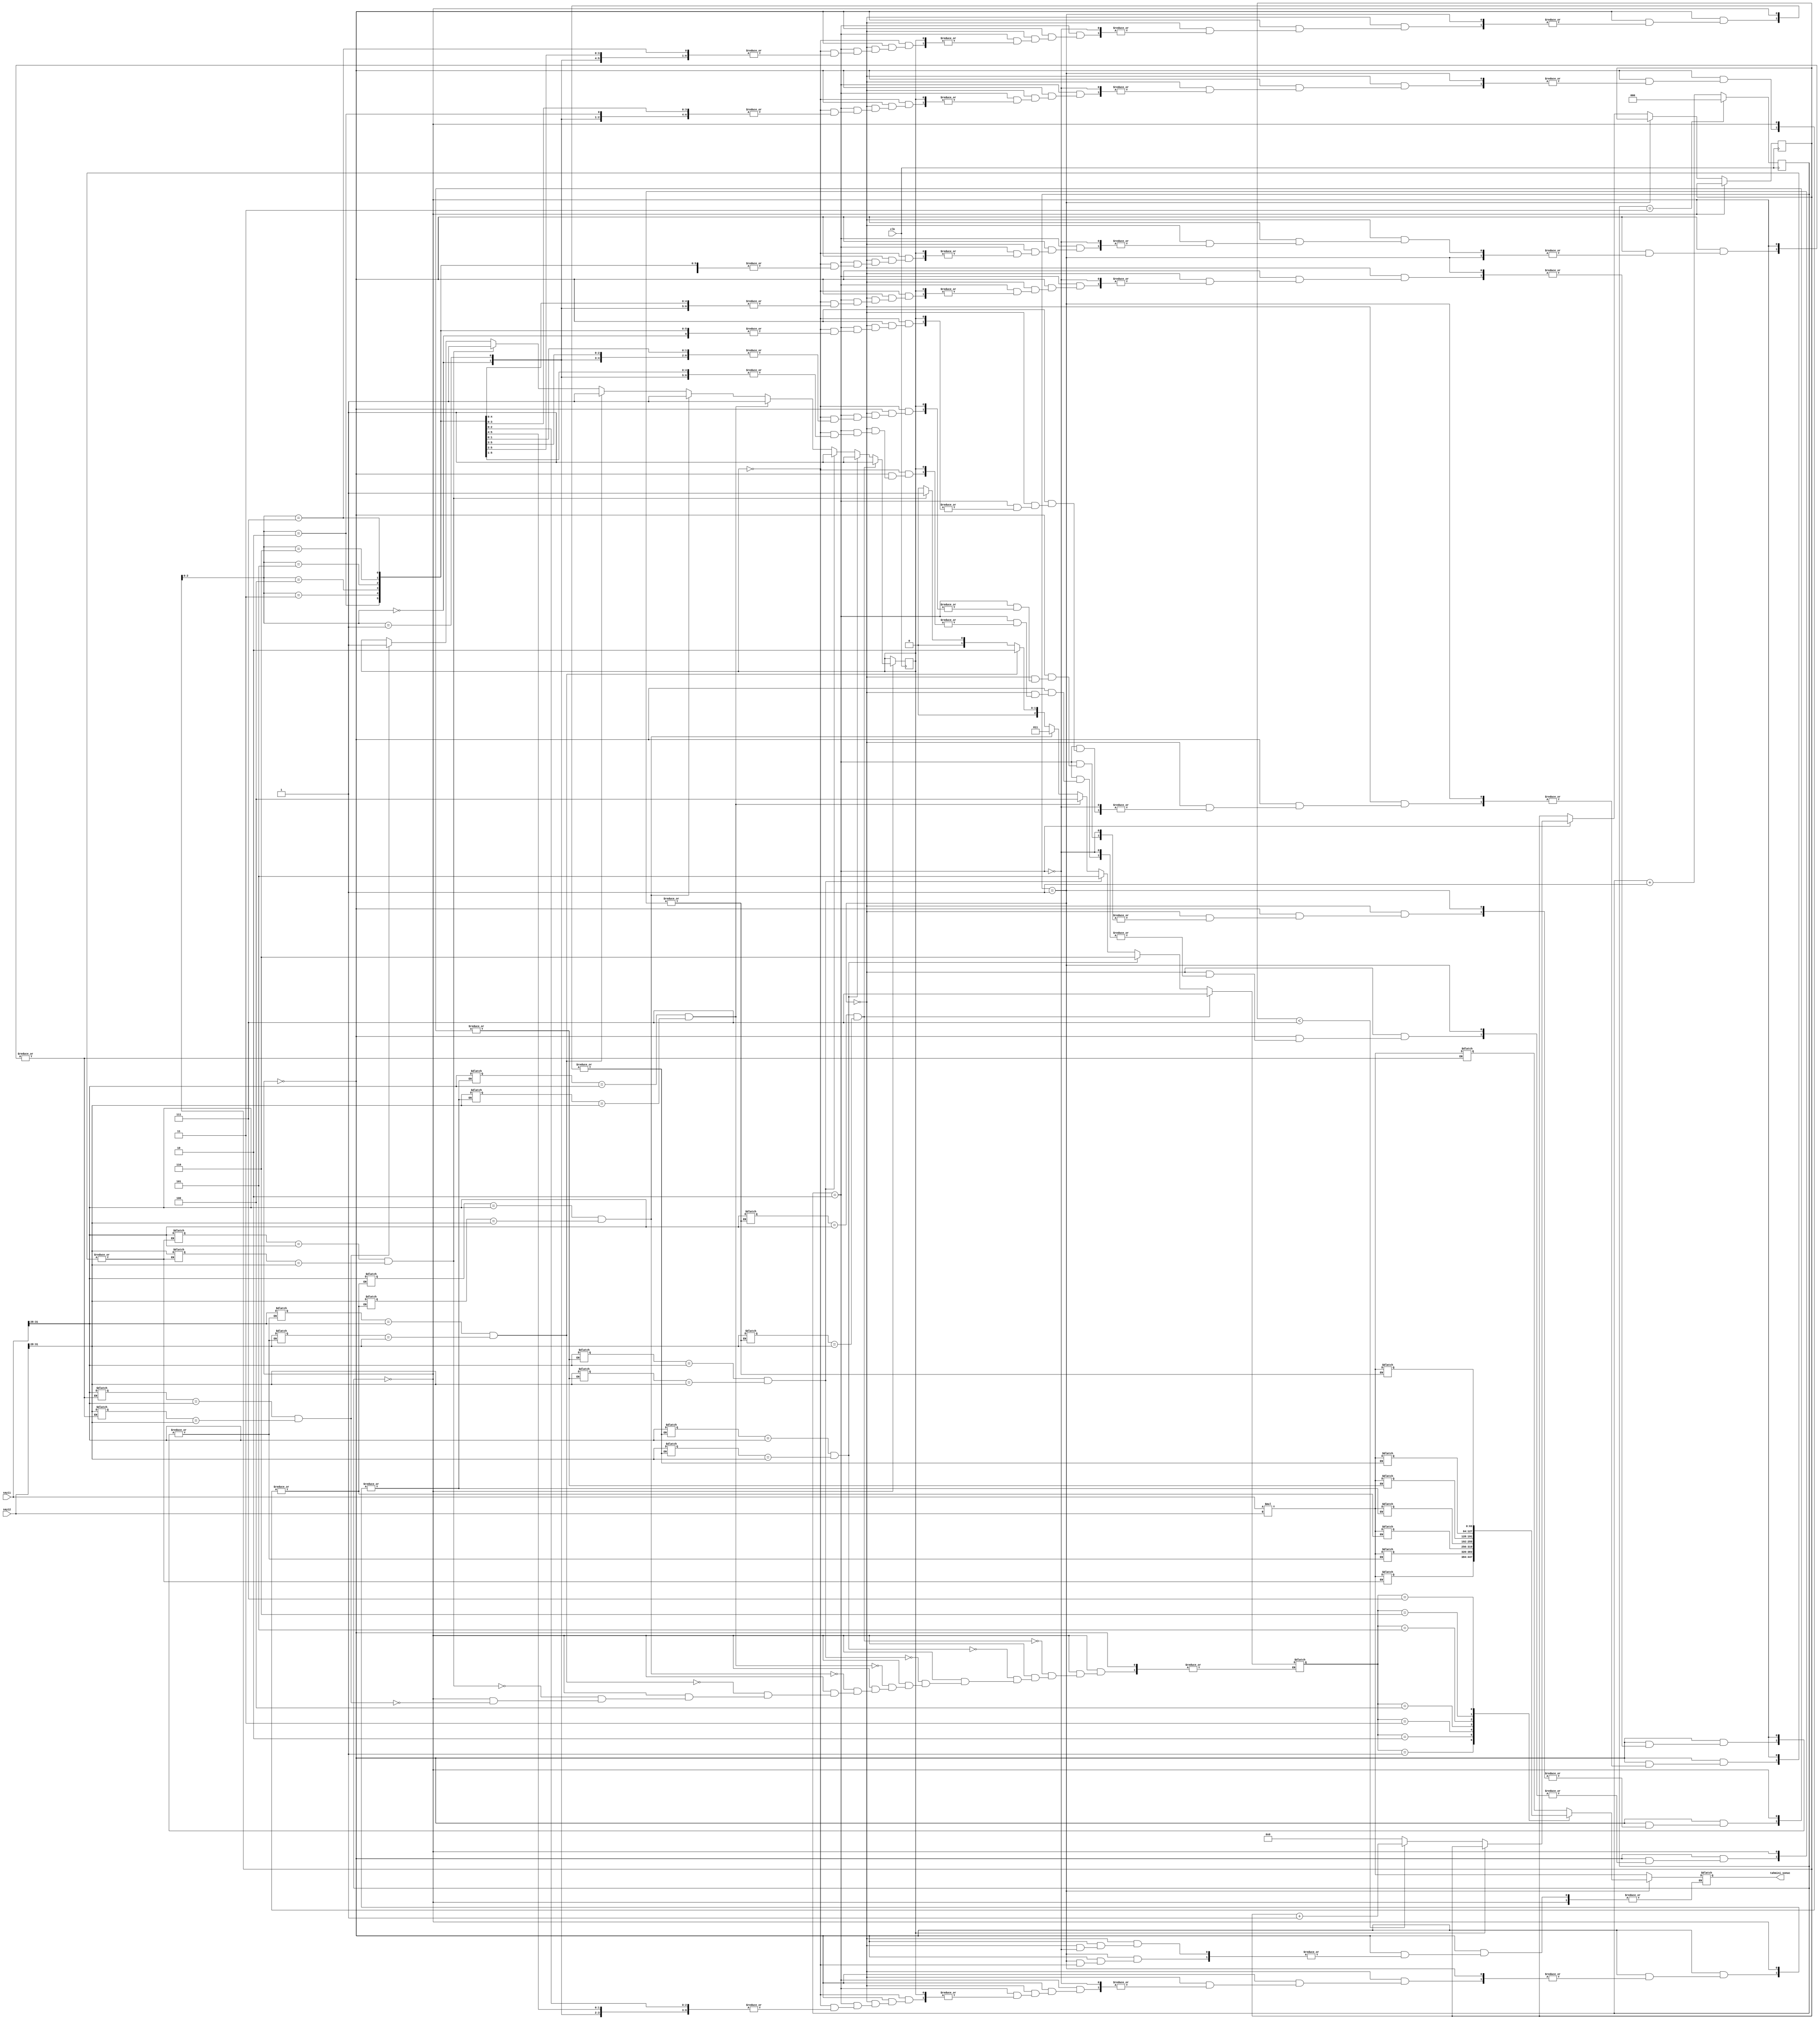
`timescale 1ns / 1ps

module yaklasik_carpma(
    input clk,
    input [31:0]sayi1,
    input [31:0]sayi2,
    output reg [63:0] tahmini_sonuc 
    
    );
    //crpim durumunda en fazla olusaccak bit sayisi carpialacak  en fazl aiki sayinini  bit toplami kadar. oyuzden bellek satiri
    //4+4+(N+N)=64+8=72
    reg[2:0] sayac=0;
    reg [3:0]sira_sayma=0;
    reg [3:0]sira_sayma_next=0;
    reg bellek_kontrol=0;
    reg bellek_kontrol_next=0;
    reg [3:0]bellek_bulundu_kontrol_index;
    integer i;
    reg [71:0] bellek [7:0];
    initial begin
        for(i=0;i<8;i=i+1)begin//en basta 0 olarak doldurdum. 
            bellek[i]=0;
        end
    end
    integer tarama;
    always@(*)begin
          bellek_kontrol_next=bellek_kontrol;
          sira_sayma_next=sira_sayma;
          if(sayac==3'd0)begin
            for(tarama=0;tarama<8;tarama=tarama+1)begin
                if(bellek[tarama][71:68]==sayi1[31:28]&&bellek[tarama][67:64]==sayi2[31:28])begin
                    bellek_kontrol_next=1;//bulundu.
                    bellek_bulundu_kontrol_index=tarama;//tam atama yapiliyor mu emin deglim.
                end
            end
          end  
          else if(sayac==3'd1)begin
            if(bellek_kontrol_next==1)begin
                tahmini_sonuc=bellek[bellek_bulundu_kontrol_index][63:0];
            end
          
          end
          else if(sayac==3'd2)begin
            if(bellek_kontrol_next==0)begin
                tahmini_sonuc=sayi1*sayi2;//sonucu carp.
                bellek[sira_sayma_next][71:68]=sayi1[31:28];
                bellek[sira_sayma_next][67:64]=sayi2[31:28];
                bellek[sira_sayma_next][63:0]=sayi1*sayi2;
                if(sira_sayma_next<7)
                    sira_sayma_next=sira_sayma +1;
                else
                    sira_sayma_next=0;
            end
            else if(bellek_kontrol==1)begin
                //ikinci cevrimde bulunduysa ucuncu cevrimde hic bir sey yapma.
                tahmini_sonuc=sayi1*sayi2;//sonuc zaten aynidir.
                
            end
          end
                 
          
          

    end
    
    always@(posedge clk) begin
       if(sayac==3'd3)begin
            sayac<=3'd0;
            bellek_kontrol=0;
       
       end
       else begin
        sayac<=sayac+1;
       end
       bellek_kontrol<=bellek_kontrol_next;
       sira_sayma<=sira_sayma_next;
    end
endmodule